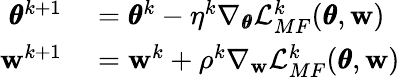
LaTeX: \begin{array}{rl}{\pmb{\theta}^{k+1}}&{{}=\pmb{\theta}^{k}-\eta^{k}\nabla_{\pmb{\theta}}\mathcal{L}_{MF}^{k}(\pmb{\theta},\mathbf{w})}\\ {\mathbf{w}^{k+1}}&{{}=\mathbf{w}^{k}+\rho^{k}\nabla_{\mathbf{w}}\mathcal{L}_{MF}^{k}(\pmb{\theta},\mathbf{w})}\end{array}